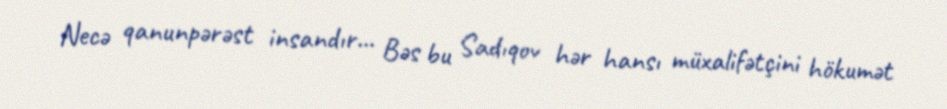
Necə qanunpərəst insandır... Bəs bu Sadıqov hər hansı müxalifətçini hökumət